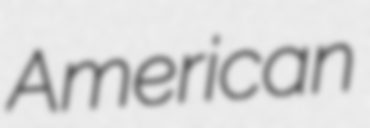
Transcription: American